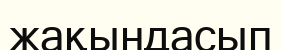
жақындасып